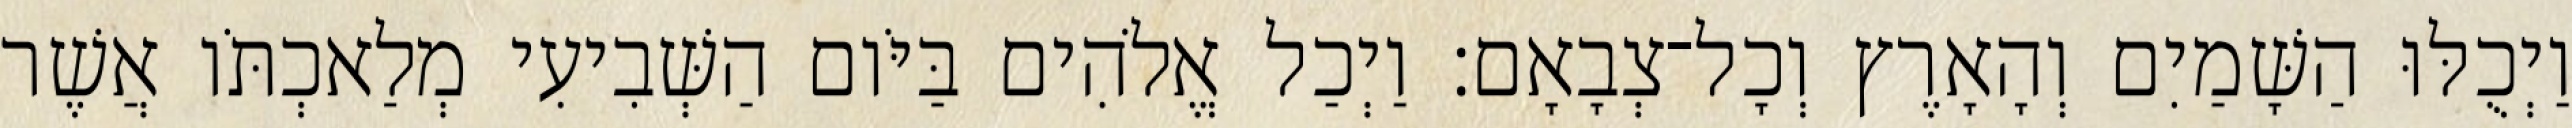
וַיְכֻלּוּ הַשָּׁמַיִם וְהָאָרֶץ וְכָל־צְבָאָם׃ וַיְכַל אֱלֹהִים בַּיֹּום הַשְּׁבִיעִי מְלַאכְתֹּו אֲשֶׁר